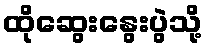
ထိုဆွေးနွေးပွဲသို့